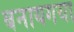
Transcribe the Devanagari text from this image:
बनायगया